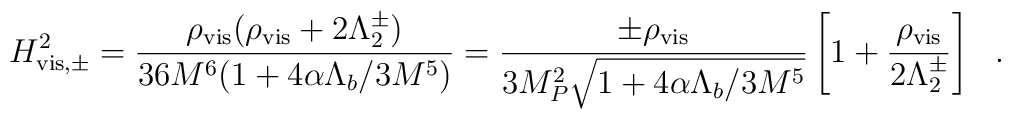
H_{\rm vis,\pm}^2=\frac{\rho_{\rm vis}(\rho_{\rm vis}+2\Lambda_2^\pm)}{36M^6(1+4\alpha\Lambda_b/3M^5)}=\frac{\pm \rho_{\rm vis}}{3M_{P}^2\sqrt{1+4\alpha\Lambda_b/3M^5}}\left[1+\frac{\rho_{\rm vis}}{2\Lambda_2^\pm}\right]~~.